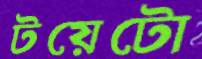
টয়েটো